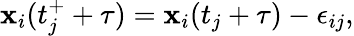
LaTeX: {\mathbf{x}}_{i}(t_{j}^{+}+\tau)={\mathbf{x}}_{i}(t_{j}+\tau)-\epsilon_{ij},